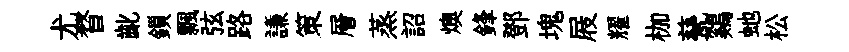
尤瞀齔鎻飄弦路謙策層蒸詔燠鋒鄧塊屐耀枷甆鷄虵松